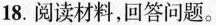
18.阅读材料，回答问题。